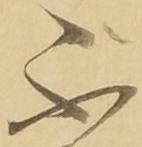
不